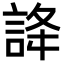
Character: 𧧭